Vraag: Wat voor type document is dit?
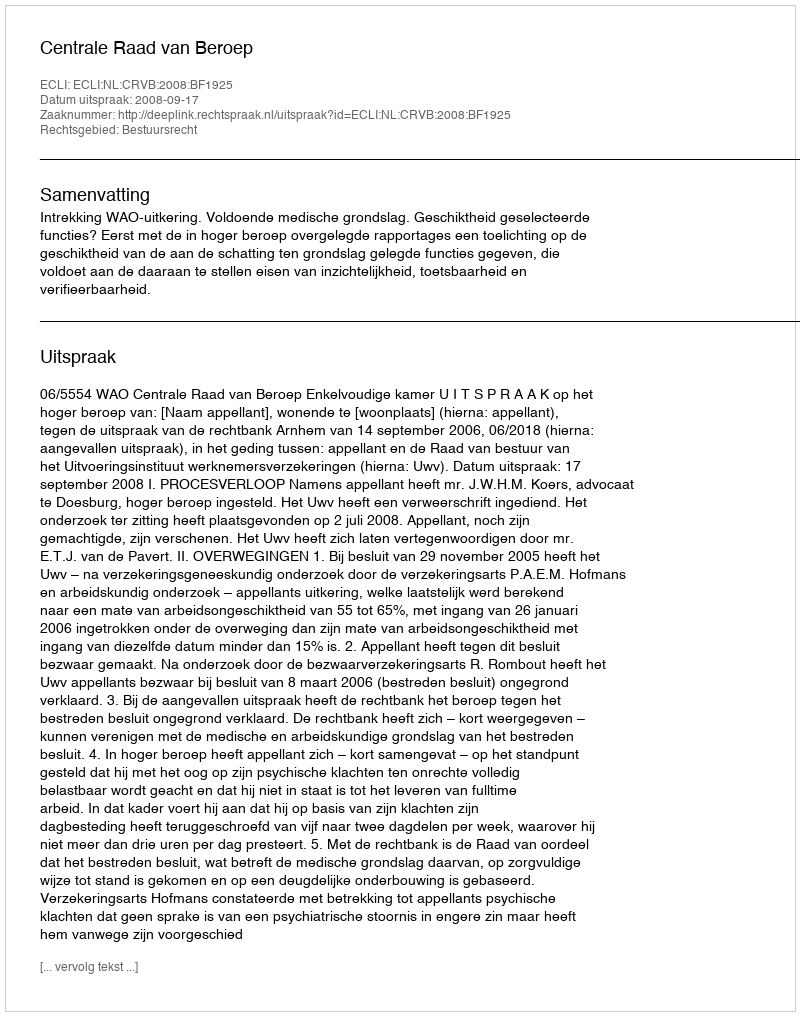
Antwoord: Uitspraak